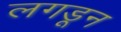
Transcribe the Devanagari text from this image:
लगडून